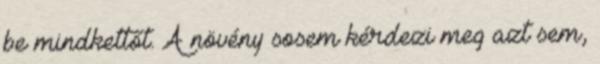
be mindkettőt. A növény sosem kérdezi meg azt sem,